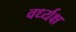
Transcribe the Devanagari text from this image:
वर्ध्यक्ष